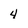
Character: 4